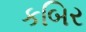
કબિર